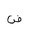
Letter: _dad